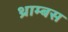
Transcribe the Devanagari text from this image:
थ्राम्बस